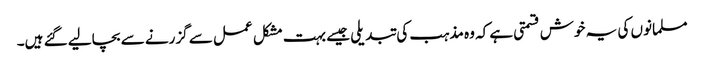
مسلمانوں کی یہ خوش قسمتی ہے کہ وہ مذہب کی تبدیلی جیسے بہت مشکل عمل سے گزرنے سے بچالیے گئے ہیں۔